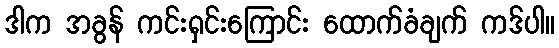
ဒါက အခွန် ကင်းရှင်းကြောင်း ထောက်ခံချက် ကဒ်ပါ။